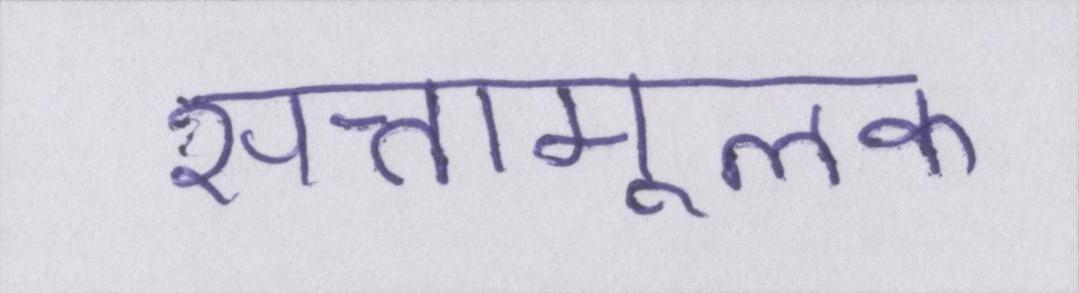
सत्तामूलक